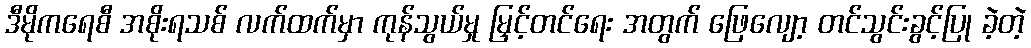
ဒီမိုကရေစီ အစိုးရသစ် လက်ထက်မှာ ကုန်သွယ်မှု မြှင့်တင်ရေး အတွက် ဖြေလျော့ တင်သွင်းခွင့်ပြု ခဲ့တဲ့